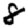
Digit: 8